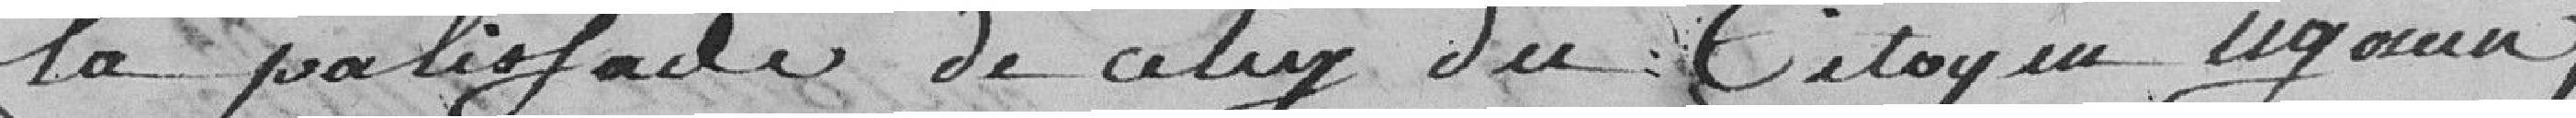
la palissade de celui du Citoyen voisin